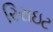
રિરાઇટ